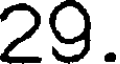
29.